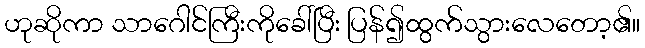
ဟုဆိုကာ သာဂေါင်ကြီးကိုခေါ်ပြီး ပြန်၍ထွက်သွားလေတော့၏။